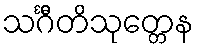
သင်္ဂီတိသုတ္တေန